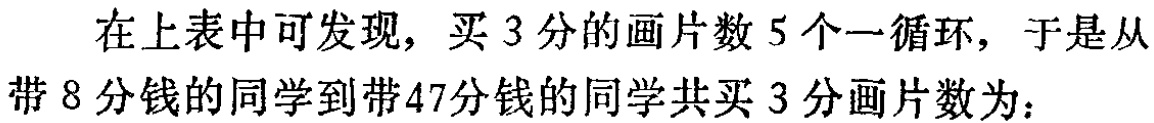
在上表中可发现，买 3 分的画片数 5 个一循环，于是从带 8 分钱的同学到带 47 分钱的同学共买 3 分画片数为：